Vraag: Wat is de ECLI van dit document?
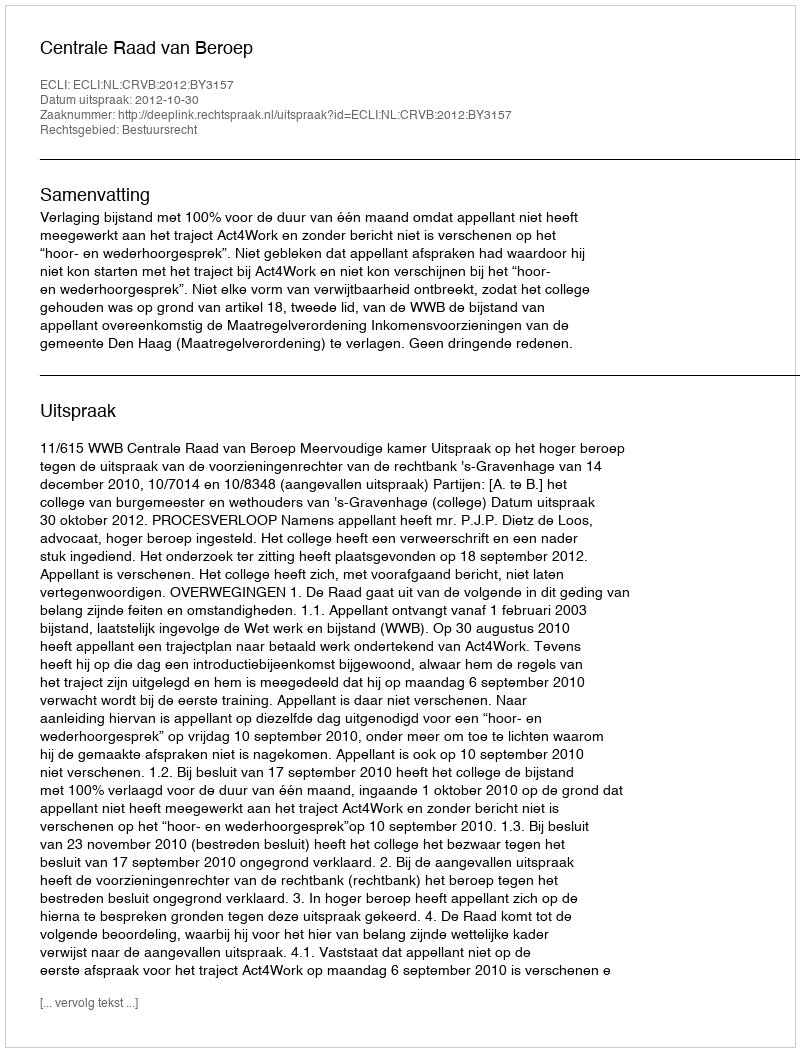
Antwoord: ECLI:NL:CRVB:2012:BY3157